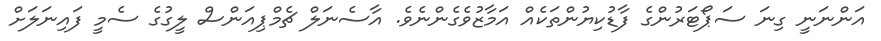
އަންނަނީ ގިނަ ސަޕޯޓަރުންގެ ފާޑުކިޔުންތަކެއް އަމާޒުވެގެންނެވެ. އާސެނަލް ޗެމްޕިއަންސް ލީގުގެ ސެމީ ފައިނަލަށް